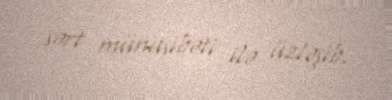
sərt münasibəti ilə üzləşib.